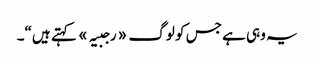
یہ وہی ہے جس کو لوگ «رجبیہ» کہتے ہیں“۔